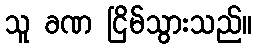
သူ ခဏ ငြိမ်သွားသည်။